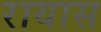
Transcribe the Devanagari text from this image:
रायास